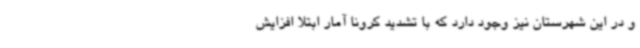
و در این شهرستان نیز وجود دارد که با تشدید کرونا آمار ابتلا افزایش